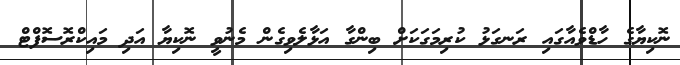
ނޮކިޔާގެ ހާޑްވެއާގައި ރަނގަޅު ކުރިމަގަކަށް ބިންގާ އަޅާލެވިގެން މެނުވީ ނޮކިޔާ އަދި މައިކްރޮސޮފްޓް